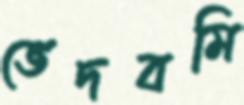
ভেদবমি